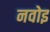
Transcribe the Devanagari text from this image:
नवोइ